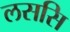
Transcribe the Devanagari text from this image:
लससि